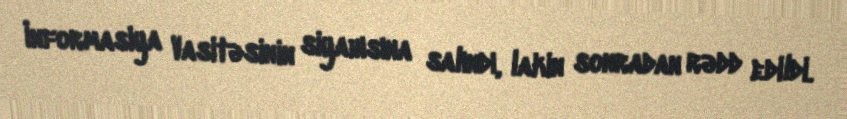
İnformasiya Vasitəsinin siyahısına salındı, lakin sonradan rədd edildi.